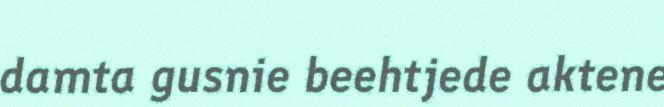
damta gusnie beehtjede aktene